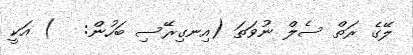
ލޭގެ ރަތް ސެލް ނުވަތަ (އިނގިރޭސި ބަހުން:   ) އަކީ